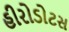
હીરોડોટસ